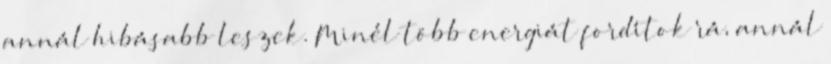
annál hibásabb leszek. Minél több energiát fordítok rá, annál